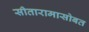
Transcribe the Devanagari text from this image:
सीतारामासोबत